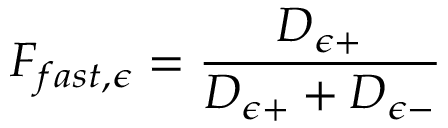
F _ { f a s t , \epsilon } = \frac { D _ { \epsilon + } } { D _ { \epsilon + } + D _ { \epsilon - } }